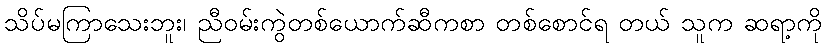
သိပ်မကြာသေးဘူး၊ ညီဝမ်းကွဲတစ်ယောက်ဆီကစာ တစ်စောင်ရ တယ် သူက ဆရာ့ကို